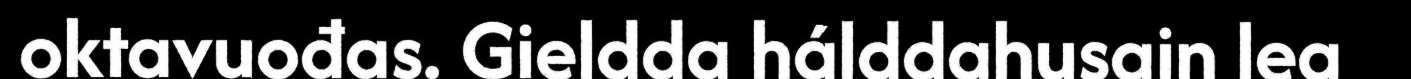
oktavuođas. Gieldda hálddahusain lea